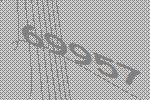
69957